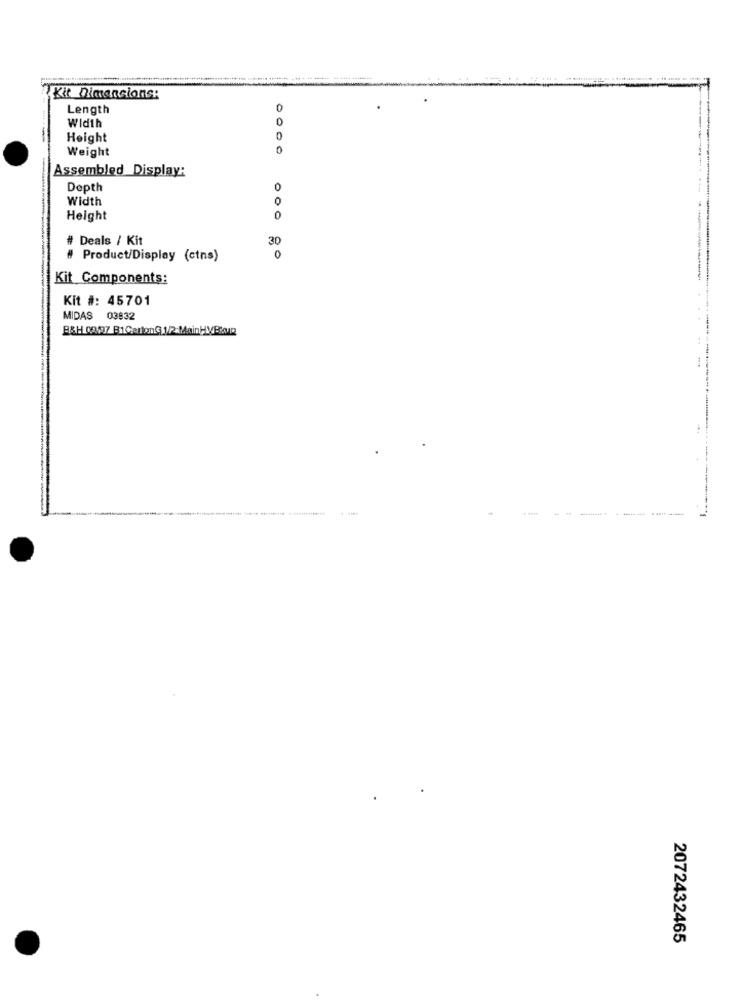
Kit Dimancions:
Length
0
Width
Height
Weight
0
Assembled Display:
-
Depth
0
Width
Height
# Deals / Kit
30
# Product/Display (ctns)
0
Kit Components:
Kit #: 45701
MIDAS 03832
B&H 08/97 B1CatanG 1/2:MainHVBAR
2072432465